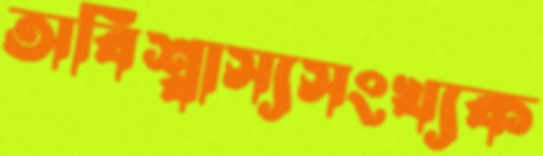
অবিশ্বাস্যসংখ্যক